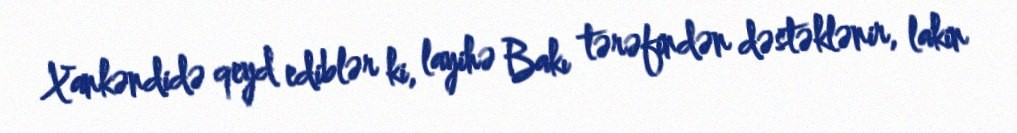
Xankəndidə qeyd ediblər ki, layihə Bakı tərəfindən dəstəklənir, lakin